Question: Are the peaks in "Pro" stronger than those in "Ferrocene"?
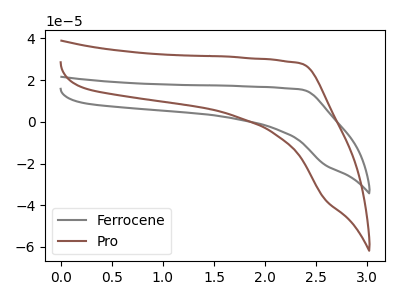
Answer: <think>The gray curve "Ferrocene" has no peaks. The brown curve "Pro" has no peaks.</think>
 <answer>Niether CV has any peaks.</answer>
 <eval>blanks</eval>